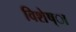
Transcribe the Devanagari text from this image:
विशेष्ा